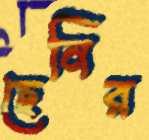
ছেনির